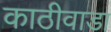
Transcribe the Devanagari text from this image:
काठीवाडा